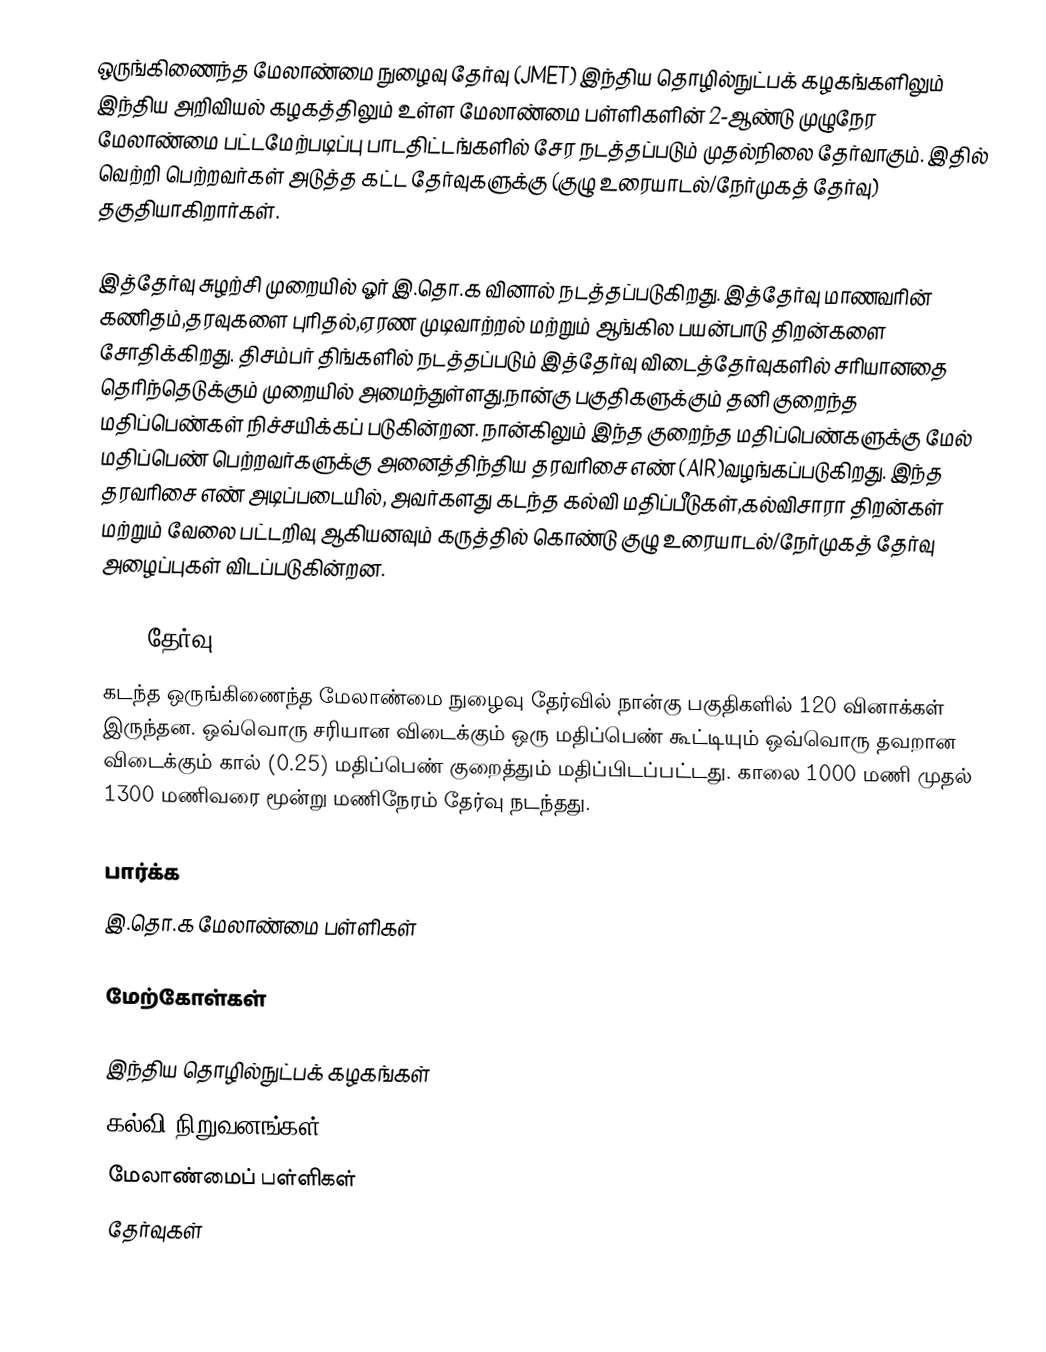
ஒருங்கிணைந்த மேலாண்மை நுழைவு தேர்வு (JMET) இந்திய தொழில்நுட்பக் கழகங்களிலும் இந்திய அறிவியல் கழகத்திலும் உள்ள மேலாண்மை பள்ளிகளின் 2-ஆண்டு முழுநேர மேலாண்மை பட்டமேற்படிப்பு பாடதிட்டங்களில் சேர நடத்தப்படும் முதல்நிலை தேர்வாகும். இதில் வெற்றி பெற்றவர்கள் அடுத்த கட்ட தேர்வுகளுக்கு (குழு உரையாடல்/நேர்முகத் தேர்வு) தகுதியாகிறார்கள்.

இத்தேர்வு சுழற்சி முறையில் ஓர் இ.தொ.க வினால் நடத்தப்படுகிறது. இத்தேர்வு மாணவரின் கணிதம்,தரவுகளை புரிதல்,ஏரண முடிவாற்றல் மற்றும் ஆங்கில பயன்பாடு திறன்களை சோதிக்கிறது. திசம்பர் திங்களில் நடத்தப்படும் இத்தேர்வு விடைத்தேர்வுகளில் சரியானதை தெரிந்தெடுக்கும் முறையில் அமைந்துள்ளது.நான்கு பகுதிகளுக்கும் தனி குறைந்த மதிப்பெண்கள்  நிச்சயிக்கப் படுகின்றன. நான்கிலும் இந்த குறைந்த மதிப்பெண்களுக்கு மேல் மதிப்பெண் பெற்றவர்களுக்கு அனைத்திந்திய தரவரிசை எண் (AIR)வழங்கப்படுகிறது.  இந்த தரவரிசை எண் அடிப்படையில், அவர்களது கடந்த கல்வி மதிப்பீடுகள்,கல்விசாரா திறன்கள் மற்றும் வேலை பட்டறிவு ஆகியனவும் கருத்தில் கொண்டு  குழு உரையாடல்/நேர்முகத் தேர்வு அழைப்புகள் விடப்படுகின்றன.

2009 தேர்வு
கடந்த ஒருங்கிணைந்த மேலாண்மை நுழைவு தேர்வில் நான்கு பகுதிகளில் 120 வினாக்கள் இருந்தன. ஒவ்வொரு சரியான விடைக்கும் ஒரு மதிப்பெண் கூட்டியும் ஒவ்வொரு தவறான விடைக்கும் கால் (0.25) மதிப்பெண் குறைத்தும் மதிப்பிடப்பட்டது. காலை 1000 மணி முதல் 1300 மணிவரை மூன்று மணிநேரம் தேர்வு நடந்தது.

பார்க்க
இ.தொ.க மேலாண்மை பள்ளிகள்

மேற்கோள்கள்

இந்திய தொழில்நுட்பக் கழகங்கள்
கல்வி நிறுவனங்கள்
மேலாண்மைப் பள்ளிகள்
தேர்வுகள்